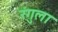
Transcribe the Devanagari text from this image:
रंगुला